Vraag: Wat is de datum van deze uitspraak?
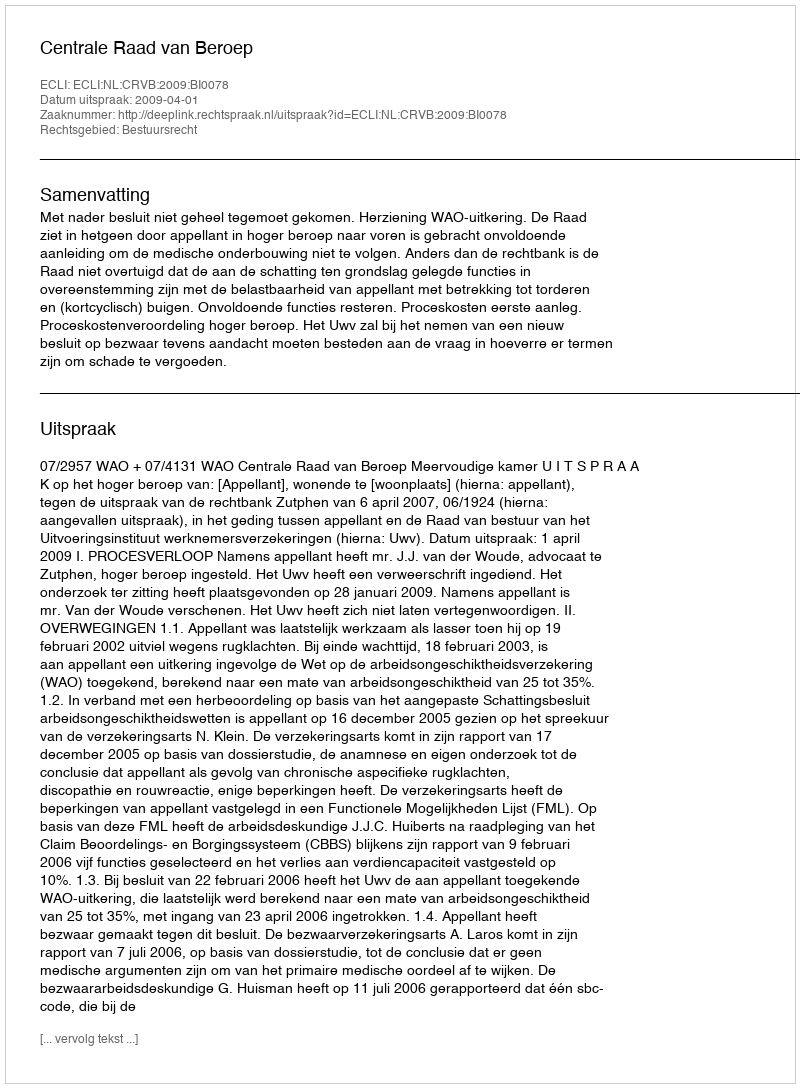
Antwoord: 2009-04-01